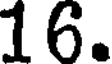
16.